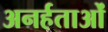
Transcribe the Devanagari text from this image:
अनर्हताओं